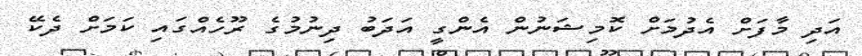
އަދި މާފަށް އެދުމަށް ކޮމިޝަނުން އެންގީ އަދަބު ދިނުމުގެ ރޫހެއްގައި ކަމަށް ދެކޭ